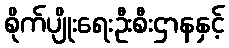
စိုက်ပျိုးရေးဦးစီးဌာနနှင့်